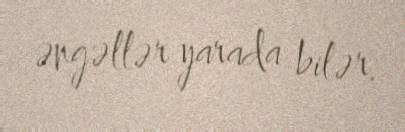
əngəllər yarada bilər.